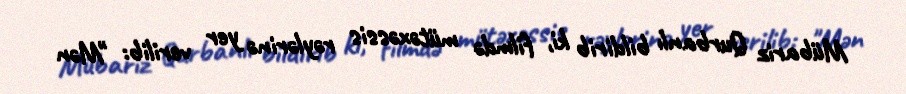
Mübariz Qurbanlı bildirib ki, filmdə mütəxəssis rəylərinə yer verilib: "Mən